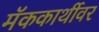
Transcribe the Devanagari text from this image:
मॅककार्थीवर